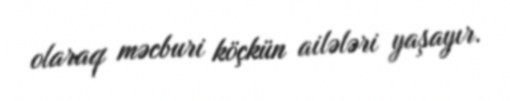
olaraq məcburi köçkün ailələri yaşayır.